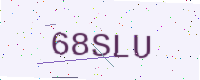
Text: 68SLU